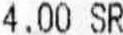
4.00 SR